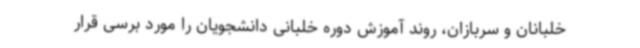
خلبانان و سربازان، روند آموزش دوره خلبانی دانشجویان را مورد برسی قرار